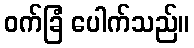
ဝက်ခြံ ပေါက်သည်။